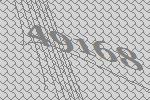
49168